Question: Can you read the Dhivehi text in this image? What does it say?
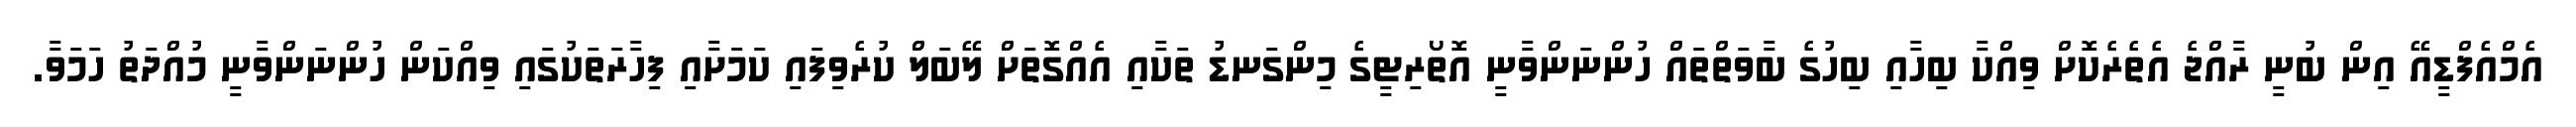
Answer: އެމްއެފްޑީއޭ އިން ބުނީ ރާއްޖެ އެތެރެކޮށް ވިއްކާ ބިހާއި ބިހުގެ ބާވަތްތައް ހުންނަންވާނީ އޮތޯރިޓީގެ މިންގަނޑު ތަކާއި އެއްގޮތަށް ލޭބަލް ކުރެވިފައި ކަމަށާއި ފިހާރަތަކުގައި ވިއްކަން ހުންނަންވާނީ މުއްދަތު ހަމަވާ.